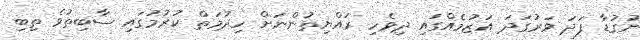
ނުގުޑާ ފަދަ ވަރުގަދަ އަޒުމެއްގައި ދިވެހި ރައްޔިތުންނަށް ހިދުމަތް ކުރުމުގައި ސާބިތުވެ ތިބި